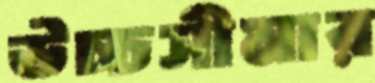
উচ্চসীমার